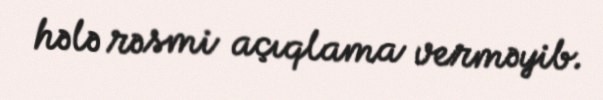
hələ rəsmi açıqlama verməyib.